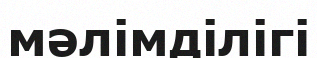
мәлімділігі